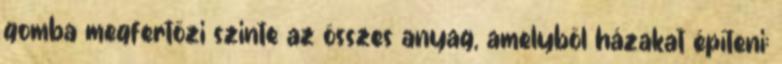
gomba megfertőzi szinte az összes anyag, amelyből házakat építeni: